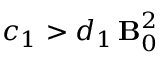
c _ { 1 } > d _ { 1 } \, { \bf B } _ { 0 } ^ { 2 }